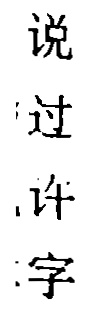
说
过
许
字